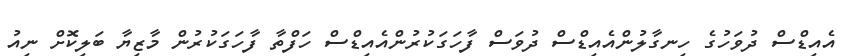
އެއިޑްސް ދުވަހުގެ ހިނގާލުންއެއިޑްސް ދުވަސް ފާހަގަކުރުންއެއިޑްސް ހަފްތާ ފާހަގަކުރުން މާޒިޔާ ބަލިކޮށް ނިއު